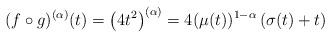
LaTeX: \begin{align*}(f\circ g)^{(\alpha)}(t) = \left(4 t^2\right)^{(\alpha)}= 4 (\mu(t))^{1-\alpha} \left(\sigma(t) + t \right)\end{align*}